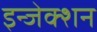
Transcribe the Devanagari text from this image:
इन्‍जेक्‍शन